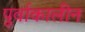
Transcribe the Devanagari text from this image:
पूर्वाकालीन